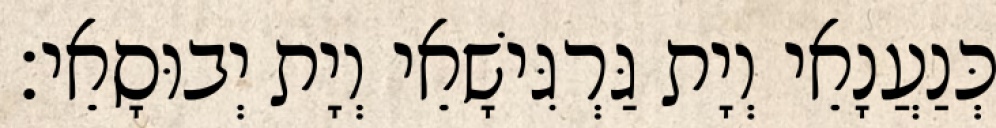
כְּנַעֲנָאֵי וְיָת גַּרְגִּישָׁאֵי וְיָת יְבוּסָאֵי׃